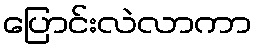
ပြောင်းလဲလာကာ